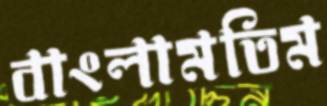
বাংলামতিম